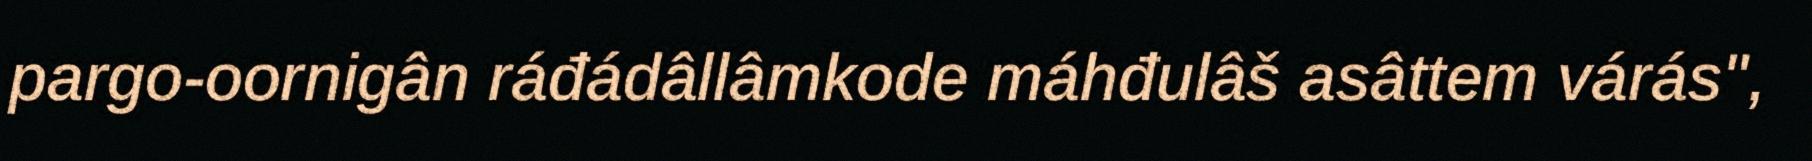
pargo-oornigân ráđádâllâmkode máhđulâš asâttem várás",